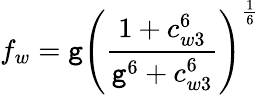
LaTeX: f_{w}=\mathtt{g}\left(\frac{{1+c_{w3}^{6}}}{{\mathtt{g}^{6}+c_{w3}^{6}}}\right)^{\frac{{1}}{{6}}}